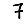
Digit: 7